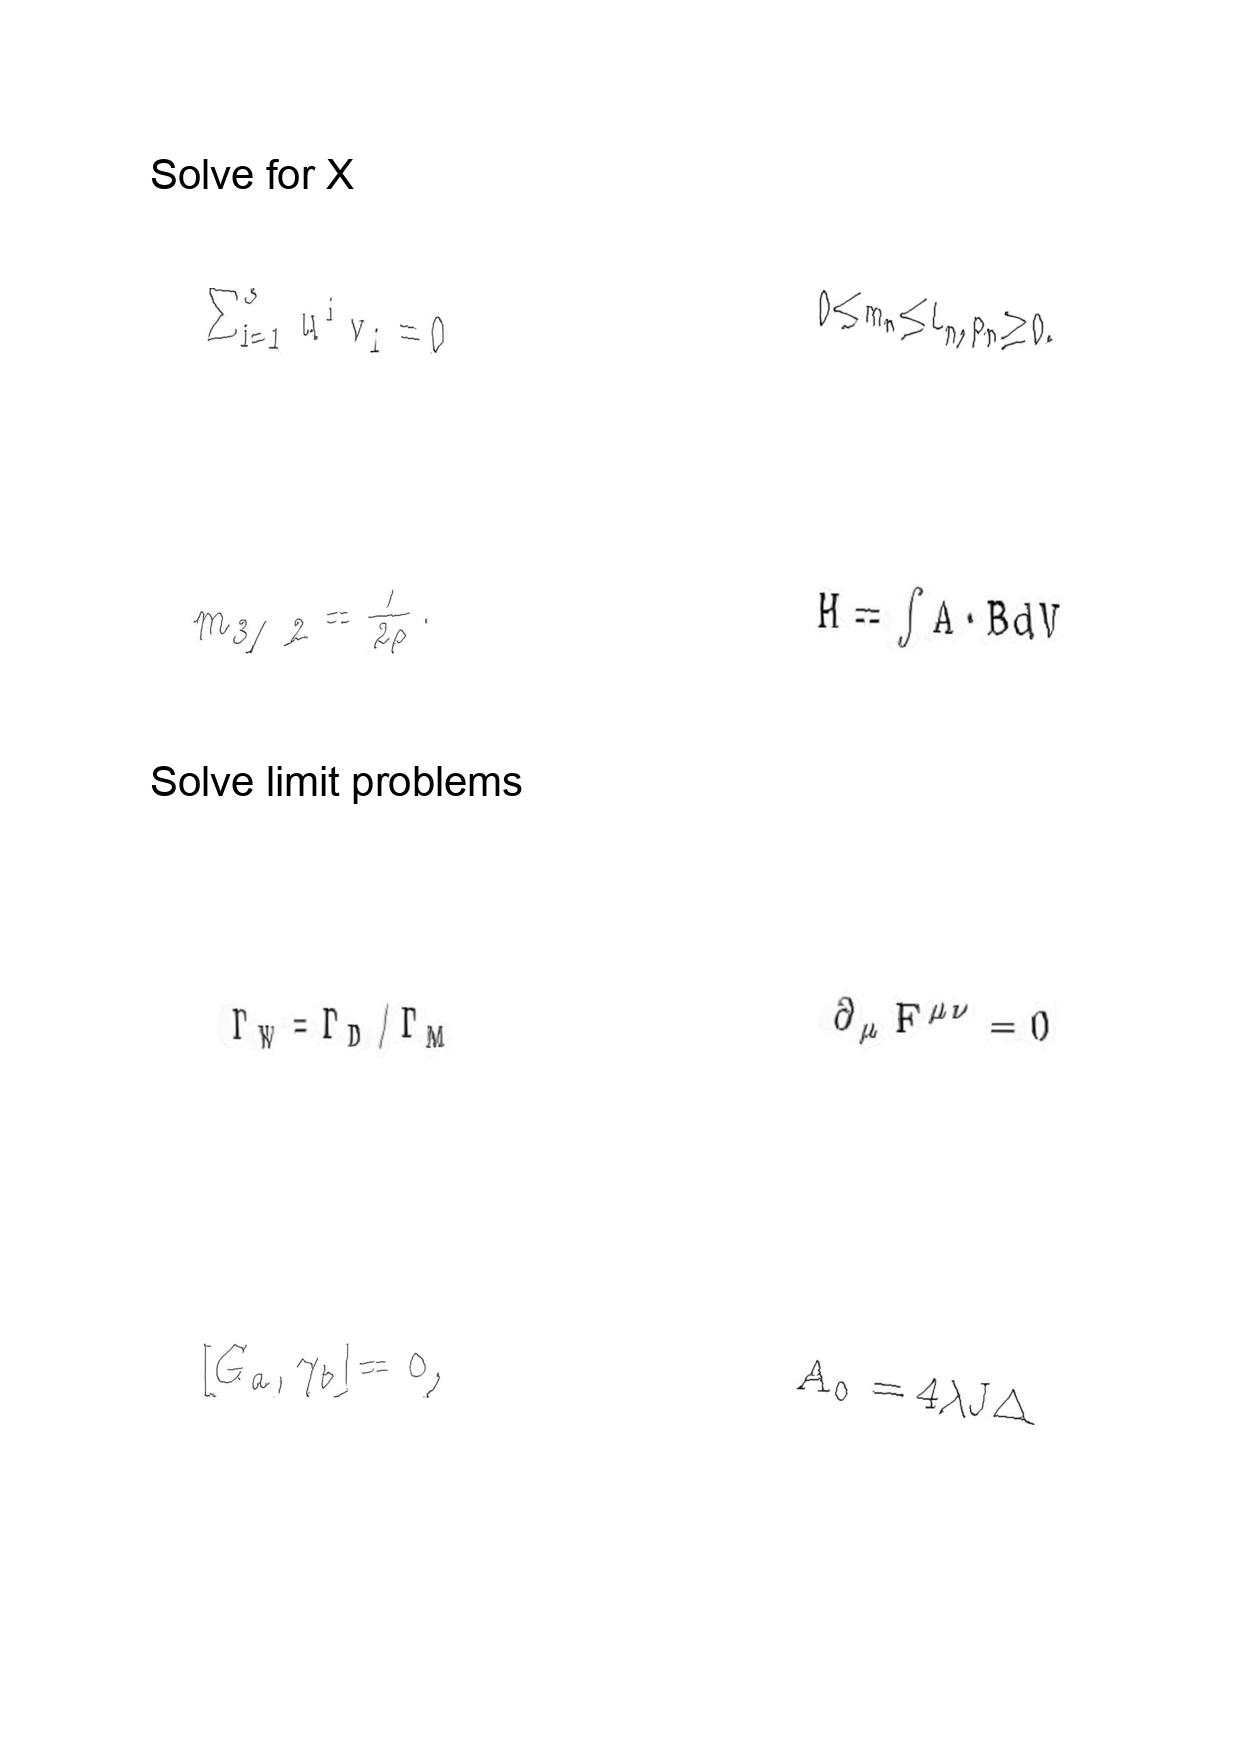
LaTeX transcription:
\sum _ { i = 1 } ^ { 3 } u ^ { i } v _ { i } = 0
m _ { 3 / 2 } = \frac { 1 } { 2 \rho } .
\Gamma _ { W } = \Gamma _ { D } / \Gamma _ { M }
\lbrack G _ { a } , \gamma _ { b } \rbrack = 0 ,
0 \le m _ { n } \le L _ { n } , p _ { n } \ge 0 .
H = \int A \cdot B d V
\partial _ { \mu } F ^ { \mu \nu } = 0
\tilde { A } _ { 0 } = 4 \lambda J \Delta